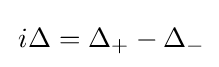
\,i\Delta =\Delta _{+}-\Delta _{-}